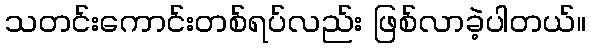
သတင်းကောင်းတစ်ရပ်လည်း ဖြစ်လာခဲ့ပါတယ်။